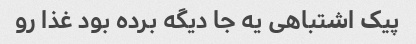
پیک اشتباهی یه جا دیگه برده بود غذا رو